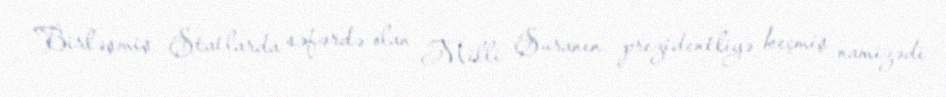
Birləşmiş Ştatlarda səfərdə olan Milli Şuranın prezidentliyə keçmiş namizədi